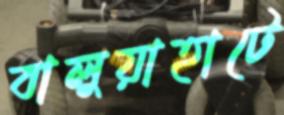
বালুয়াহাটে